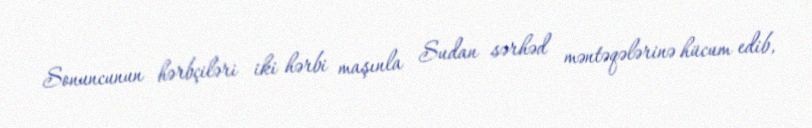
Sonuncunun hərbçiləri iki hərbi maşınla Sudan sərhəd məntəqələrinə hücum edib,